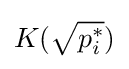
K({\sqrt {p_{i}^{*}}})